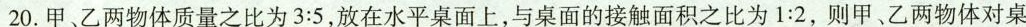
20.甲、乙两物体质量之比为3:5，放在水平桌面上，与桌面的接触面积之比为1:2，则甲、乙两物体对桌